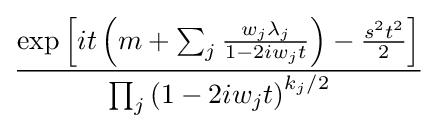
{\frac {\exp \left[it\left(m+\sum _{j}{\frac {w_{j}\lambda _{j}}{1-2iw_{j}t}}\right)-{\frac {s^{2}t^{2}}{2}}\right]}{\prod _{j}\left(1-2iw_{j}t\right)^{k_{j}/2}}}